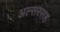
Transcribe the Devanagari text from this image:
अल्सरसह